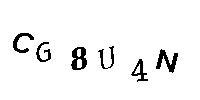
CG8U4N